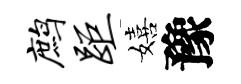
鹧距嬉豫